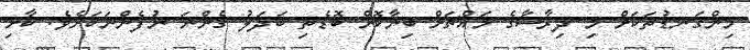
މިންގަނޑުތަކަށް މި ދިރާސާގެ މައްޗަށް ބިނާކޮށް ބޮޑެތި ބަދަލު ގެންނަ ނުފެންނަކަަށެވެ. ކާށި